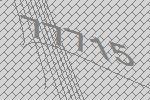
77715